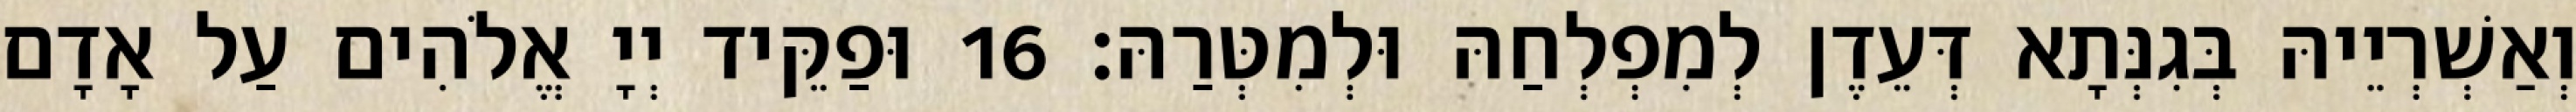
וְאַשְׁרְיֵיהּ בְּגִנְּתָא דְּעֵדֶן לְמִפְלְחַהּ וּלְמִטְּרַהּ׃ 16 וּפַקֵּיד יְיָ אֱלֹהִים עַל אָדָם